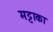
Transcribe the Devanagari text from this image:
मट्टाका